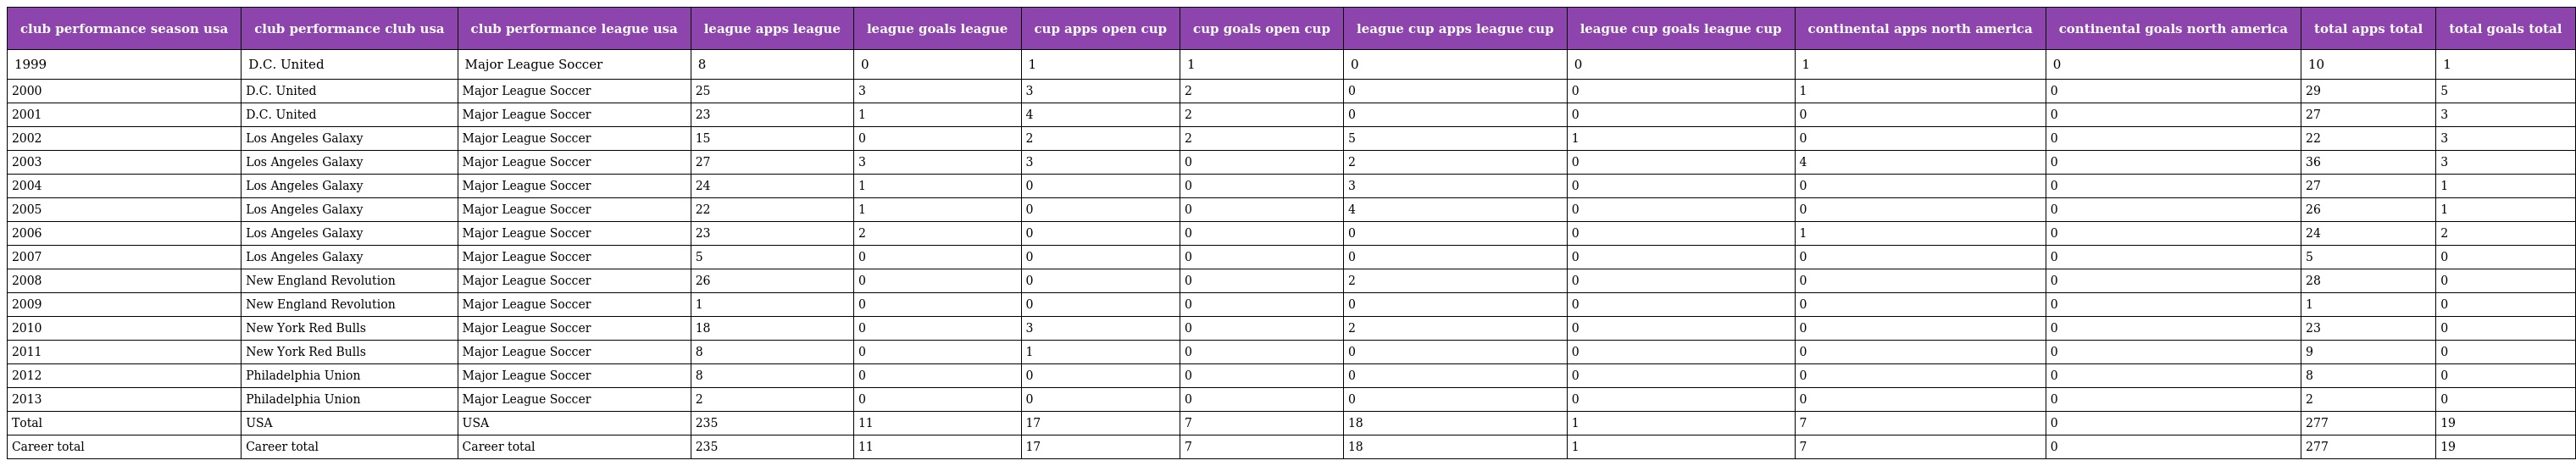
| club performance season usa | club performance club usa | club performance league usa | league apps league | league goals league | cup apps open cup | cup goals open cup | league cup apps league cup | league cup goals league cup | continental apps north america | continental goals north america | total apps total | total goals total |
 | --- | --- | --- | --- | --- | --- | --- | --- | --- | --- | --- | --- | --- |
 | 1999 | D.C. United | Major League Soccer | 8 | 0 | 1 | 1 | 0 | 0 | 1 | 0 | 10 | 1 |
 | 2000 | D.C. United | Major League Soccer | 25 | 3 | 3 | 2 | 0 | 0 | 1 | 0 | 29 | 5 |
 | 2001 | D.C. United | Major League Soccer | 23 | 1 | 4 | 2 | 0 | 0 | 0 | 0 | 27 | 3 |
 | 2002 | Los Angeles Galaxy | Major League Soccer | 15 | 0 | 2 | 2 | 5 | 1 | 0 | 0 | 22 | 3 |
 | 2003 | Los Angeles Galaxy | Major League Soccer | 27 | 3 | 3 | 0 | 2 | 0 | 4 | 0 | 36 | 3 |
 | 2004 | Los Angeles Galaxy | Major League Soccer | 24 | 1 | 0 | 0 | 3 | 0 | 0 | 0 | 27 | 1 |
 | 2005 | Los Angeles Galaxy | Major League Soccer | 22 | 1 | 0 | 0 | 4 | 0 | 0 | 0 | 26 | 1 |
 | 2006 | Los Angeles Galaxy | Major League Soccer | 23 | 2 | 0 | 0 | 0 | 0 | 1 | 0 | 24 | 2 |
 | 2007 | Los Angeles Galaxy | Major League Soccer | 5 | 0 | 0 | 0 | 0 | 0 | 0 | 0 | 5 | 0 |
 | 2008 | New England Revolution | Major League Soccer | 26 | 0 | 0 | 0 | 2 | 0 | 0 | 0 | 28 | 0 |
 | 2009 | New England Revolution | Major League Soccer | 1 | 0 | 0 | 0 | 0 | 0 | 0 | 0 | 1 | 0 |
 | 2010 | New York Red Bulls | Major League Soccer | 18 | 0 | 3 | 0 | 2 | 0 | 0 | 0 | 23 | 0 |
 | 2011 | New York Red Bulls | Major League Soccer | 8 | 0 | 1 | 0 | 0 | 0 | 0 | 0 | 9 | 0 |
 | 2012 | Philadelphia Union | Major League Soccer | 8 | 0 | 0 | 0 | 0 | 0 | 0 | 0 | 8 | 0 |
 | 2013 | Philadelphia Union | Major League Soccer | 2 | 0 | 0 | 0 | 0 | 0 | 0 | 0 | 2 | 0 |
 | Total | USA | USA | 235 | 11 | 17 | 7 | 18 | 1 | 7 | 0 | 277 | 19 |
 | Career total | Career total | Career total | 235 | 11 | 17 | 7 | 18 | 1 | 7 | 0 | 277 | 19 |